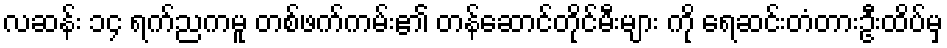
လဆန်း ၁၄ ရက်ညကမူ တစ်ဖက်ကမ်း၏ တန်ဆောင်တိုင်မီးများ ကို ရေဆင်းတံတားဦးထိပ်မှ